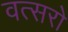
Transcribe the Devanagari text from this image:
वत्सरो